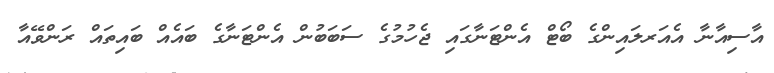
އާސިއާނާ އެއަރލައިންގެ ބޯޓް އެންޓަނާގައި ޖެހުމުގެ ސަބަބުން އެންޓަނާގެ ބައެއް ބައިތައް ރަންވޭއާ